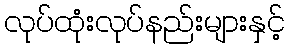
လုပ်ထုံးလုပ်နည်းများနှင့်